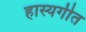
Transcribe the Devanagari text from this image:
हास्यगीत